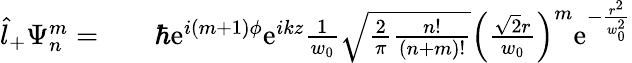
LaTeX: \begin{array}{rlr}{\hat{l}_{+}\Psi_{n}^{m}=}&{{}}&{\hbar\mathrm{e}^{i(m+1)\phi}\mathrm{e}^{ikz}\frac{1}{w_{0}}\sqrt{\frac{2}{\pi}\frac{n!}{(n+m)!}}\left(\frac{\sqrt{2}r}{w_{0}}\right)^{m}\mathrm{e}^{-\frac{r^{2}}{w_{0}^{2}}}}\end{array}